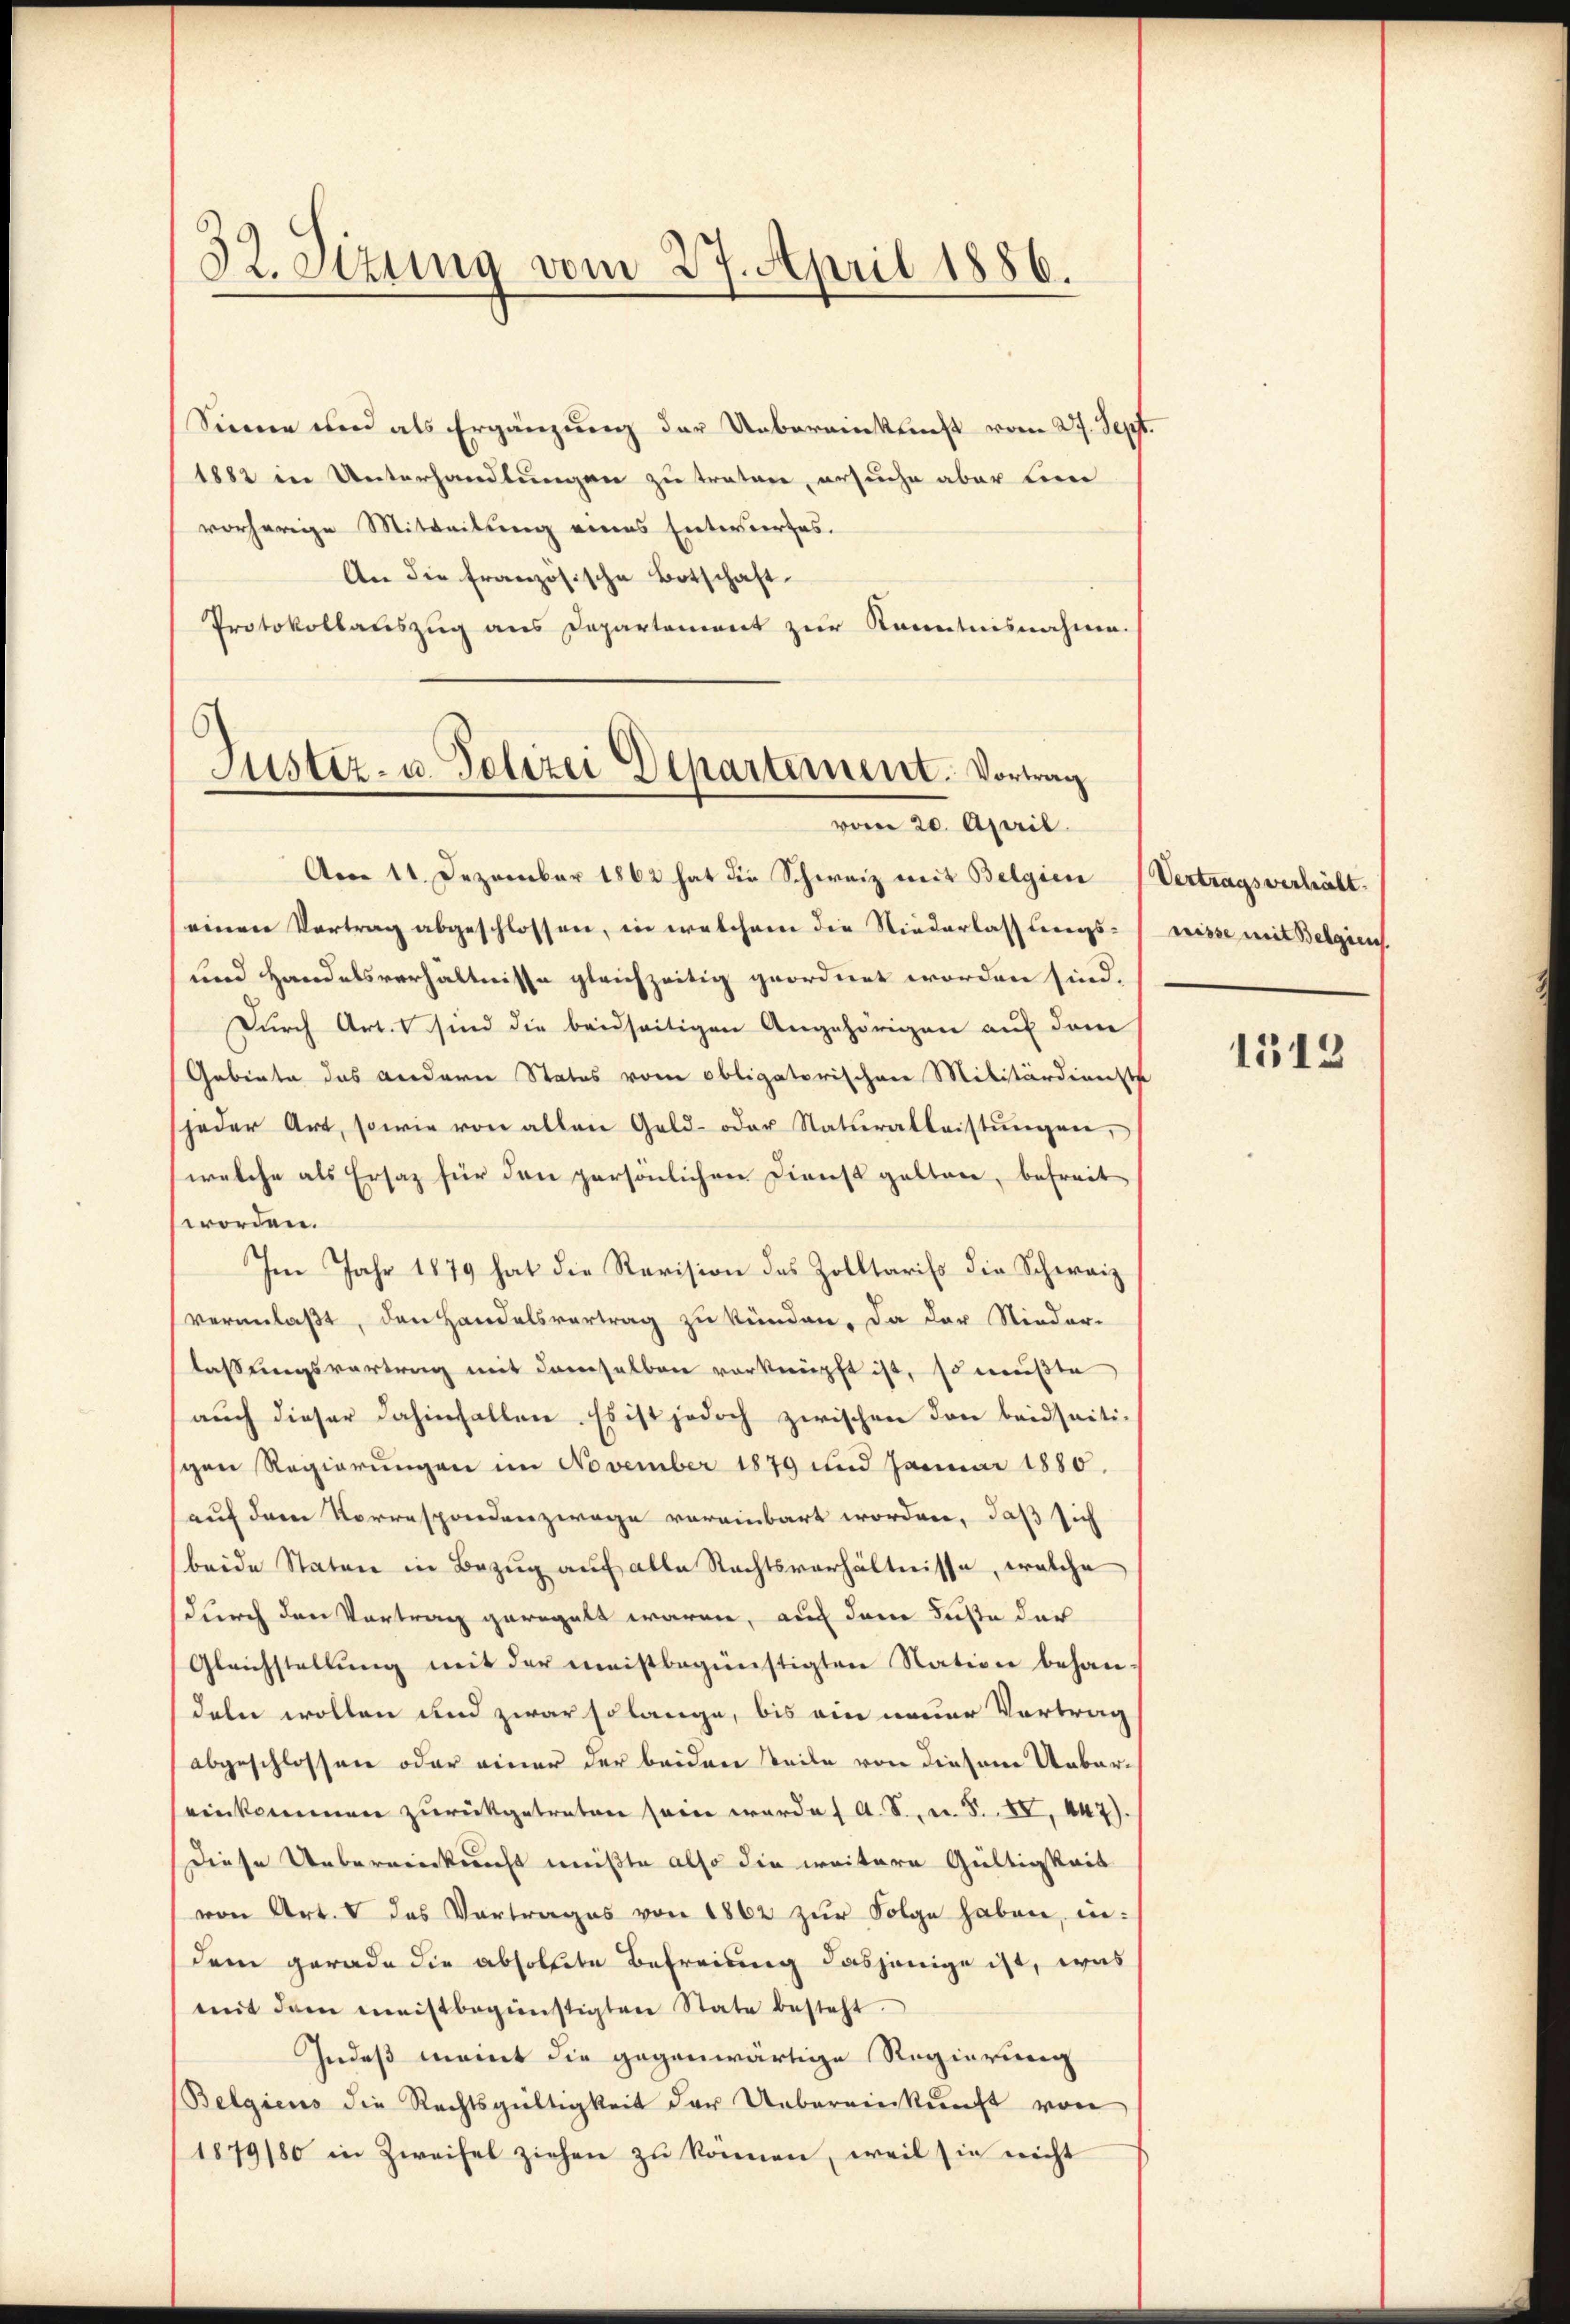
32. Sizung vom 27. April 1886.

Sinne und als Ergänzung der Uebereinkunft vom 27. Sept
1882 in Unterhandlungen zu traten, ersuche aber kein
vorherige Mitteilung eines Entwurfes.
An die französische Botschaft.
Protokollauszug aus Departement zur Kenntnisnahme.

Justiz- u. Polizei Departement. Vortrag
vom 20. April.

Am 11. Dezember 1862 hat die Schweiz mit Belgien (Vertragsverhält.
einen Vortrag abgeschlossen, in welchem die Niederlassungs-
und Handelsverhältnisse gleichzeitig geordnet worden sind.
Durch Art. 1 sind die beidseitigen Angehörigen auf dem
Gebiete das andern Status vom obligatorischen Militärdienste
jeder Art, sowie von allen Geld- oder Naturalleistŭngen,
welche als Ersaz für den persönlichen Dienst galten, befreit
worden.
Im Jahr 1879 hat die Revision des Zolltariss die Schweiz
veranlaßt, den Handelsvertrag zu künden. Da der Nieder-
lassungsvertrag mit demselben verknüpft ist, so mußte
auch dieser dahinfallen. Es ist jedoch zwischen don beidseiti-
schen Regierungen im November 1879 und Januar 1880.
auf dem Korrespondenzwage voreinbart worden, daß sich
beide Staten in Bezug auf alle Rechtsverhältnisse, welche
(durch den Vortrag geregelt waren, auch den Fuße der
Gleichstellung mit der meistbegünstigten Nation behandeln wollen und zwar solange, bis ein neuer Vortrag
abgeschlossen oder einer der beiden Teile von diesem Uebereinkommen zŭrückgetreten sein werde. A. S. u. S. XV, 447).
Diese Uebereinkunft müßte also die weitere Gültigkeit
von Art. V das Vortrages von 1862 zŭr Folge haben, in-
dem gerade die absolute Befreiung dasjenige ist, was
mit dem meistbegünstigten State besteht.
Indeß meint die gegenwärtige Regierung
Belgiens die Rechtsgültigkeit der Uebereinkunft von
1879/80 in Zweifel ziehen zu können, weil sie nicht

nisse mit Belgien

1513